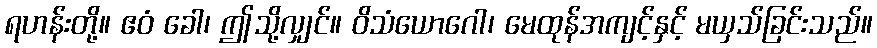
ရဟန်းတို့။ ဧဝံ ခေါ၊ ဤသို့လျှင်။ ဝိသံယောဂေါ၊ မေထုန်အကျင့်နှင့် မယှသ်ခြင်းသည်။